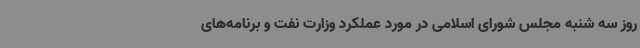
روز سه شنبه مجلس شورای اسلامی در مورد عملکرد وزارت نفت و برنامه‌های